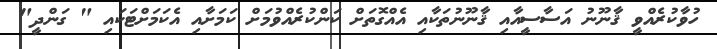
ހުވާކުރެއްވީ ޤާނޫނު އަސާސީއާއި ޤާނޫނުތަކާއި އެއްގޮތަށް ކަންކުރެއްވުމަށް ކަމަށާއި އެކަމަށްޓަކައި " ގަންދީ"